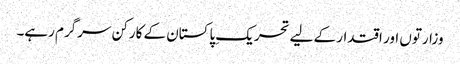
وزارتوں اور اقتدار کے لیے تحریکِ پاکستان کے کارکن سرگرم رہے۔